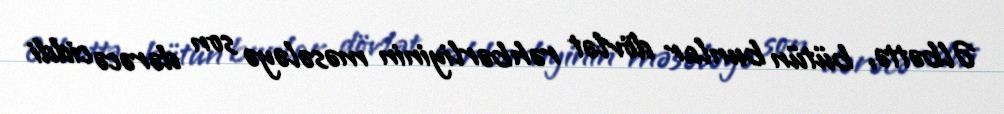
Əlbəttə, bütün bunlar dövlət rəhbərliyinin məsələyə son dərəcə ciddi